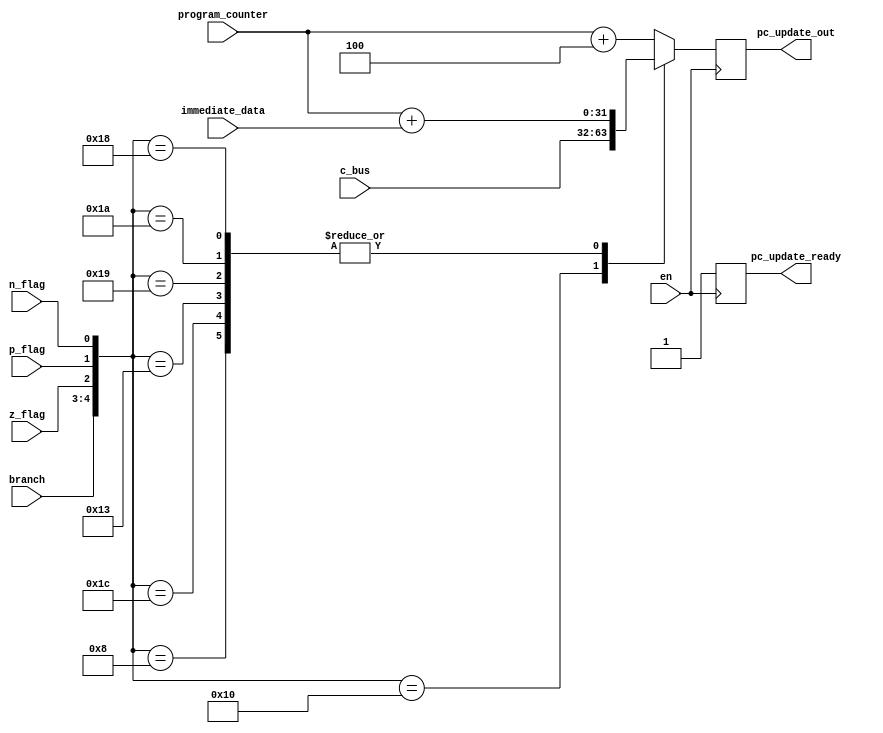
`timescale 1ns / 1ps
//////////////////////////////////////////////////////////////////////////////////
/*
The PC update module, triggered by the positive edge of the MEM clock
Functions:  Updates the PC according to various branching instructions
Inputs:     Current program counter 
            Immediate data from instruction 
            ALU output 
            Control signals on how to update the PC, including the flags
Outputs:    The updated PC
*/ 
//////////////////////////////////////////////////////////////////////////////////


module pc_update(
    input en,
    input [31:0] program_counter,
    input [31:0] immediate_data,
    input [31:0] c_bus,
    output reg [31:0] pc_update_out,
    input [1:0] branch,
    input  z_flag,
    input p_flag,
    input n_flag,
    output reg pc_update_ready
    );
    
    initial
    begin
        pc_update_out <= 32'b0;
    end
    
     always @(posedge en)
        begin
            pc_update_ready <= 1'b0;
            casez ({branch,z_flag, p_flag, n_flag})
            5'b01000:
                pc_update_out <= program_counter + immediate_data;
            5'b10000:
                pc_update_out <= c_bus;
            5'b11100:
                pc_update_out <= program_counter + immediate_data;
            5'b10011:
                pc_update_out <= program_counter + immediate_data;
            5'b11001:
                pc_update_out <= program_counter + immediate_data;
            5'b11010:
                pc_update_out <= program_counter + immediate_data;
            5'b11000:
                pc_update_out <= program_counter + immediate_data;
                
            default:
                pc_update_out <= program_counter + 32'd4;
            endcase
            pc_update_ready <= 1'b1;  
        end
    
endmodule